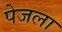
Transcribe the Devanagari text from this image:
पेजला